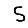
Digit: 5